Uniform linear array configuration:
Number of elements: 24
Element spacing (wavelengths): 0.5
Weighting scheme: hamming
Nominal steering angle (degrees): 60
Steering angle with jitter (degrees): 60.033
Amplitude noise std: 0.05
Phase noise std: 0.05

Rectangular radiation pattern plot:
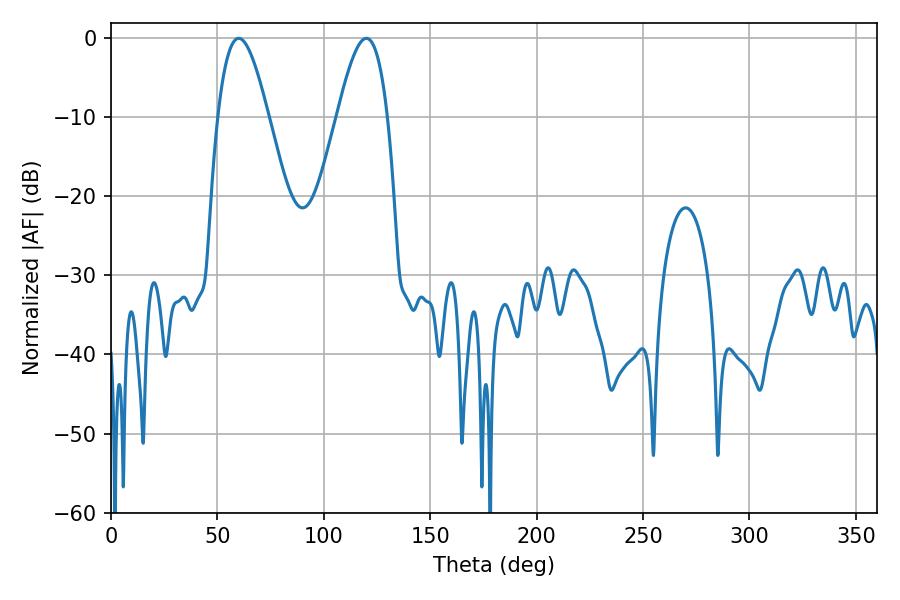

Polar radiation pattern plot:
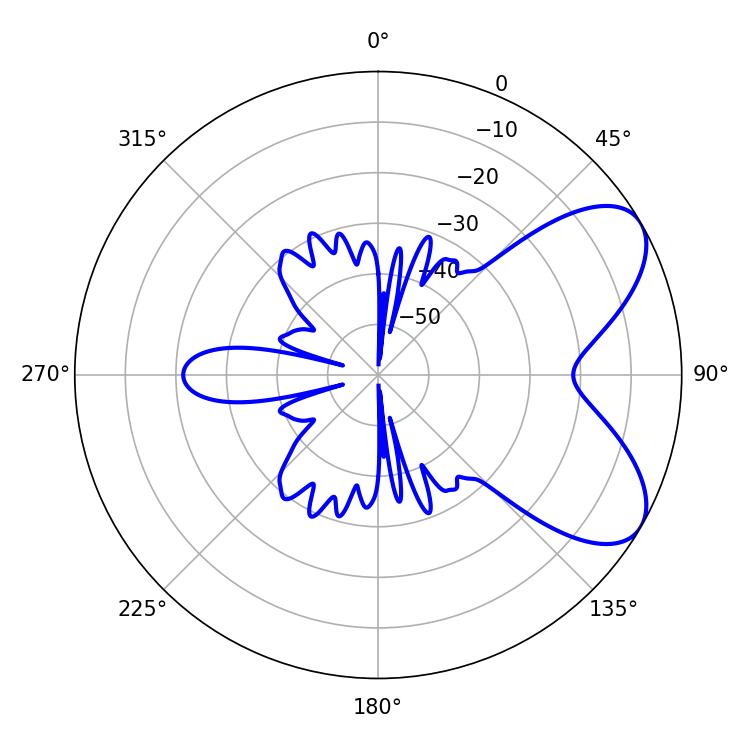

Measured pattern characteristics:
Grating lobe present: FALSE
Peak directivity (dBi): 6.7
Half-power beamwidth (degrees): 12.78
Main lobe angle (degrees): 59.94